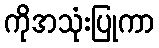
ကိုအသုံးပြုကာ